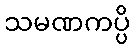
သမဏကပ္ပိ